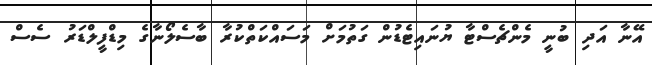
އޭނާ އަދި ބުނީ މެންޗެސްޓާ ޔުނައިޓެޑުން ގަތުމަށް މަސައްކަތްކުރާ ބާސެލޯނާގެ މިޑްފީލްޑަރު ސެސް